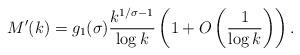
LaTeX: \begin{align*}M'(k)= g_1(\sigma)\frac{k^{1/\sigma-1}}{\log k}\left(1+O\left(\frac{1}{\log k}\right)\right).\end{align*}